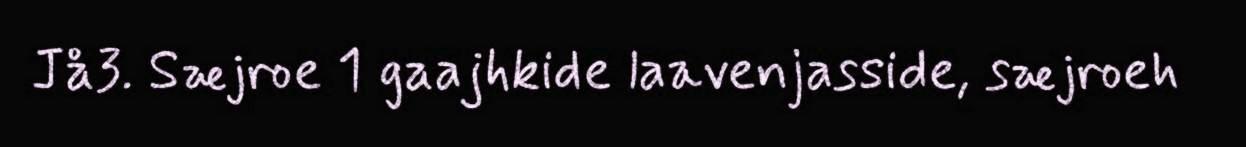
Jå3. Sæjroe 1 gaajhkide laavenjasside, sæjroeh